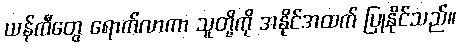
ယန်ကီတွေ ရောက်လာကာ သူတို့ကို အနိုင်အထက် ပြုနိုင်သည်။